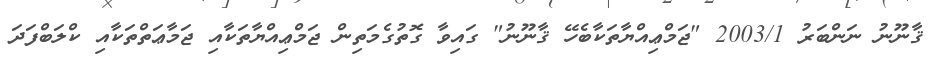
ޤާނޫނު ނަންބަރު 2003/1 "ޖަމްޢިއްޔާތަކާބެހޭ ޤާނޫނު" ގައިވާ ގޮތުގެމަތިން ޖަމްޢިއްޔާތަކާއި ޖަމާޢަތްތަކާއި ކްލަބްފަދަ